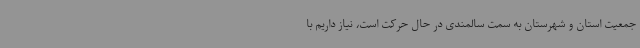
جمعیت استان و شهرستان به سمت سالمندی در حال حرکت است، نیاز داریم با